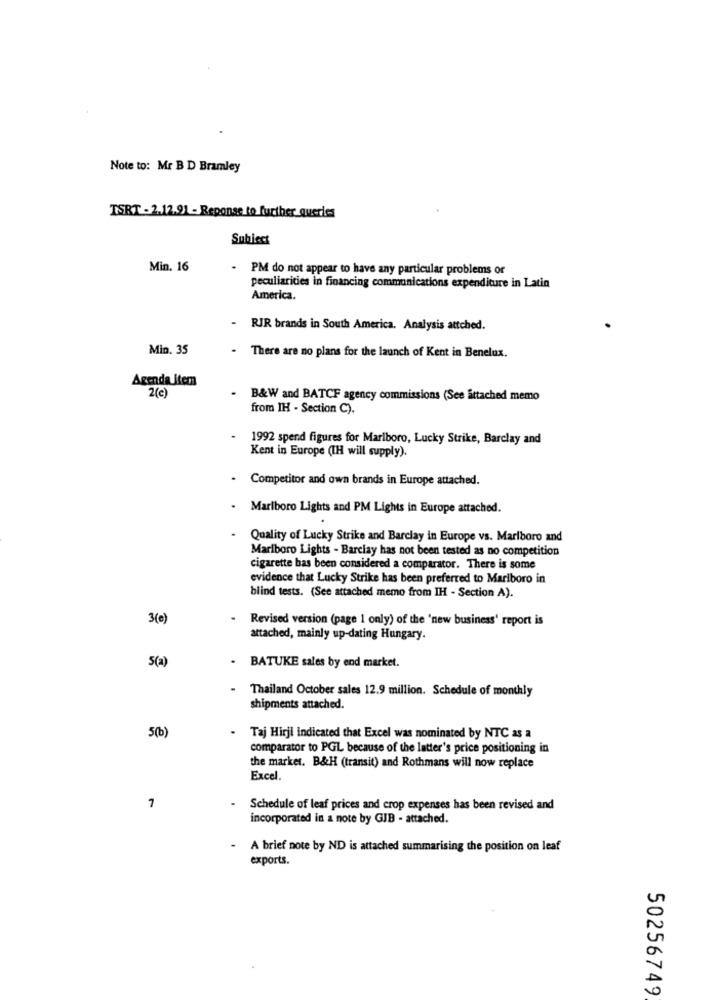
Note to: Mr B D Bramley
TSRT - 2.12.91 - Reponse to further queries
Subject
Min. 16
- PM do not appear to have any particular problems or
peculiarities in financing communications expenditure in Latin
America.
- RIR brands in South America. Analysis attched.
Min. 35
- There are no plans for the launch of Kent in Benelux.
Agenda Item
2(c)
B&W and BATCF agency commissions (See attached memo
from IH - Section C).
1992 spend figures for Marlboro, Lucky Strike, Barclay and
Kent in Europe (IH will supply).
Competitor and own brands in Europe attached.
- Marlboro Lights and PM Lights in Europe attached.
Quality of Lucky Strike and Barclay in Europe vs. Marlboro and
Marlboro Lights - Barclay has not been tested as no competition
cigarette bas been considered a comparator. There is some
evidence that Lucky Strike has been preferred to Marlboro in
blind tests. (See attached memo from IH - Section A).
3(0)
Revised version (page 1 only) of the 'new business' report is
attached, mainly up-dating Hungary.
5(a)
. BATUKE sales by end market.
Thailand October sales 12.9 million. Schedule of monthly
shipments attached.
5(b)
Taj Hirji indicated that Excel was nominated by NTC as a
comparator to PGL because of the latter's price positioning in
the market. B&H (transit) and Rothmans will now replace
Excel.
7
Schedule of leaf prices and crop expenses has been revised and
incorporated in a note by GIB - attached.
A brief note by ND is attached summarising the position on leaf
exports.
50256749